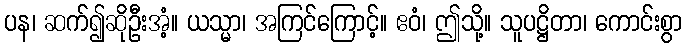
ပန၊ ဆက်၍ဆိုဦးအံ့။ ယသ္မာ၊ အကြင်ကြောင့်။ ဧဝံ၊ ဤသို့။ သူပဋ္ဌိတာ၊ ကောင်းစွာ